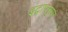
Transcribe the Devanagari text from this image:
इंट्राप्लुरल